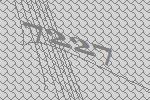
7227